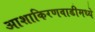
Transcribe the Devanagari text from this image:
आशाकिरणवाडीमध्ये